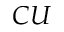
C U